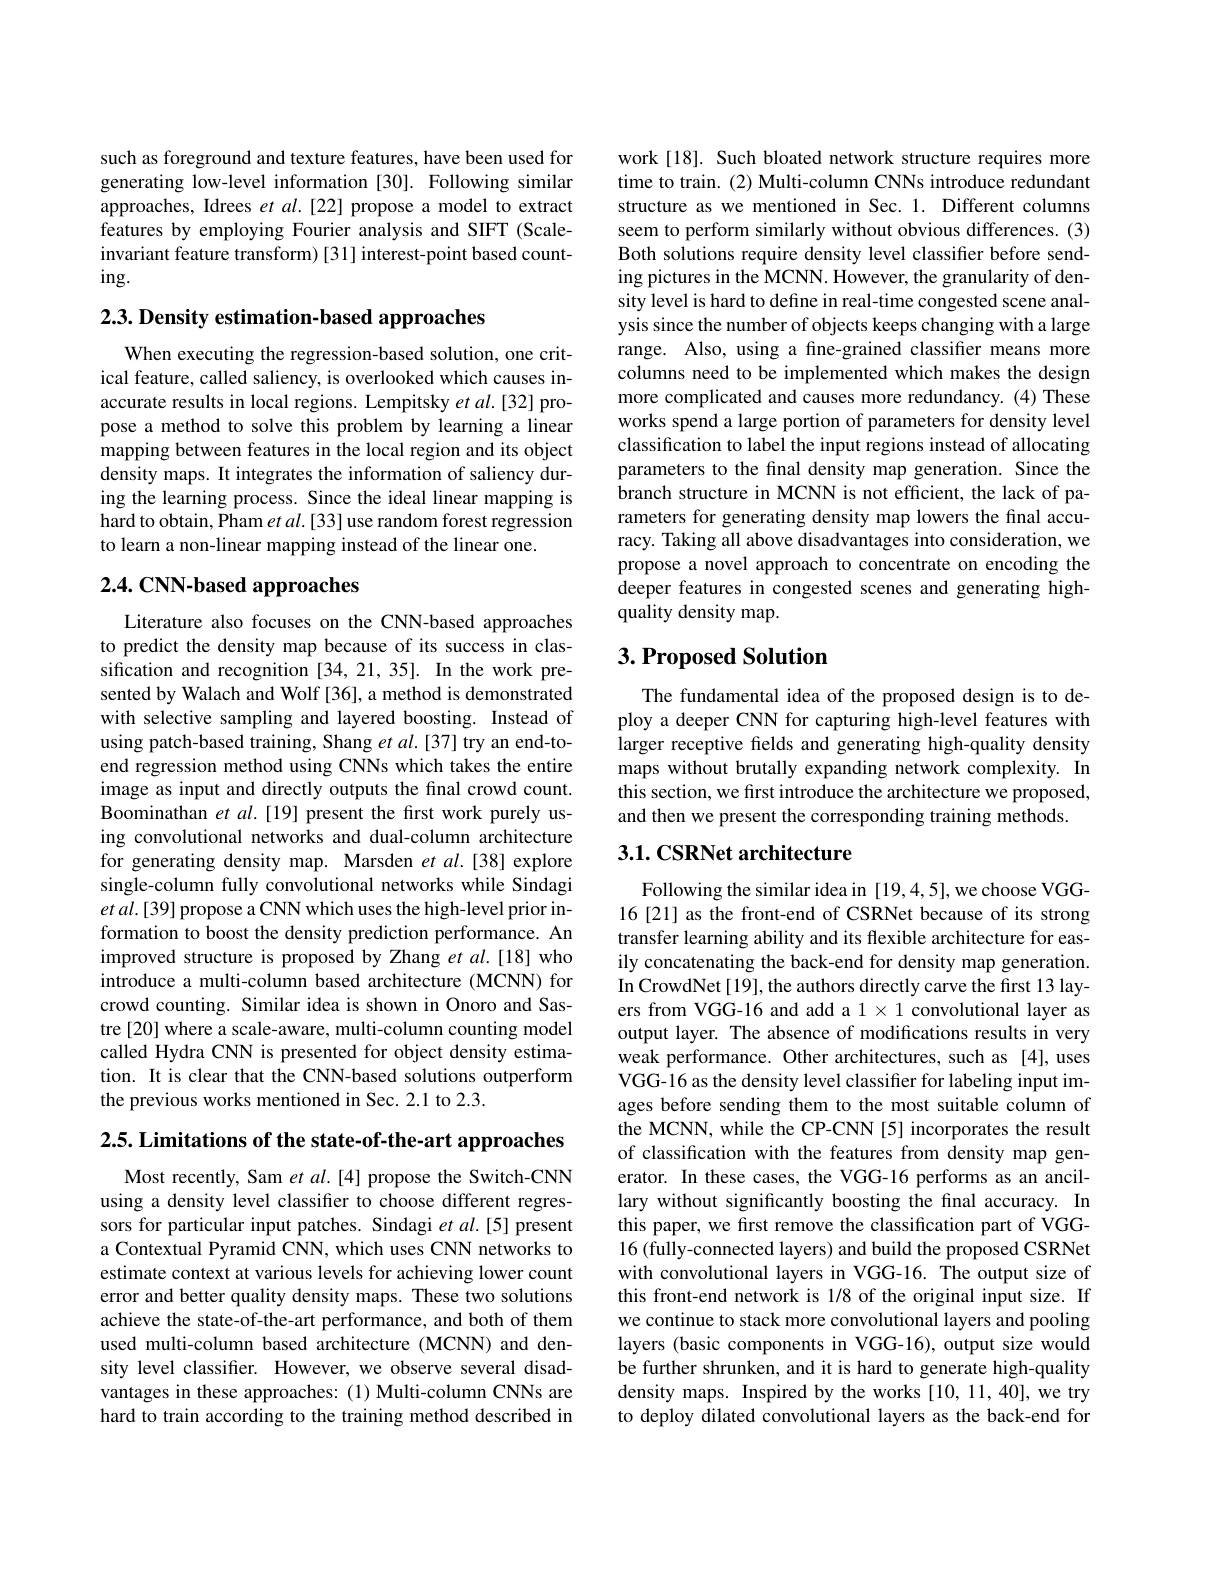
such as foreground and texture features, have been used for generating low-level information [30]. Following similar approaches, Idrees et $al.[22]$ propose a model to extract features by employing Fourier analysis and SIFT (Scaleinvariant feature transform) [31] interest-point based count- $ing.$

2.3. Density estimation-based approaches

When executing the regression-based solution, one critical feature, called saliency, is overlooked which causes inaccurate results in local regions. Lempitsky et al.[32] propose a method to solve this problem by learning a linear mapping between features in the local region and its object density maps. It integrates the information of saliency during the learning process. Since the ideal linear mapping is hard to obtain, Pham $etal.[33]$ use random forest regression to learn a non-linear mapping instead of the linear one.

### 2.4. CNN-based approaches

Literature also focuses on the CNN-based approaches to predict the density map because of its success in classification and recognition [34,21,35]. In the work presented by Walach and Wolf [36], a method is demonstrated with selective sampling and layered boosting. Instead of using patch-based training, Shang et al.[37] try an end-toend regression method using CNNs which takes the entire image as input and directly outputs the final crowd count. Boominathan et al.[19] present the frst work purely using convolutional networks and dual-column architecture for generating density map. Marsden et al.[38] explore single-column fully convolutional networks while Sindagi $etal.[39]$ propose a CNN which uses the high-level prior information to boost the density prediction performance. An improved structure is proposed by Zhang et al.[18] who introduce a multi-column based architecture (MCNN) for crowd counting. Similar idea is shown in Onoro and Sastre[20] where a scale-aware, multi-column counting model called Hydra CNN is presented for object density estimation. It is clear that the CNN-based solutions outperform the previous works mentioned in Sec.2.1 to 2.3.

$2. 5. \textbf{ Limitations of the state- of- the- art approaches}$

Most recently, Sam et $al.[4]$ propose the Switch-CNN using a density level classifier to choose different regressors for particular input patches. Sindagi $et$ al.[5] present a Contextual Pyramid CNN, which uses CNN networks to estimate context at various levels for achieving lower count error and better quality density maps. These two solutions achieve the state-of-the-art performance, and both of them used multi-column based architecture (MCNN) and density level classifier. However, we observe several disadvantages in these approaches: (1) Multi-column CNNs are hard to train according to the training method described in

work[18]. Such bloated network structure requires more time to train. (2) Multi-column CNNs introduce redundant structure as we mentioned in Sec. 1. Different columns seem to perform similarly without obvious differences. (3) Both solutions require density level classifier before sending pictures in the MCNN. However, the granularity of density level is hard to define in real-time congested scene analysis since the number of objects keeps changing with a large range. Also, using a fine-grained classifier means more columns need to be implemented which makes the design more complicated and causes more redundancy. (4) These works spend a large portion of parameters for density level classification to label the input regions instead of allocating parameters to the final density map generation. Since the branch structure in MCNN is not efficient, the lack of parameters for generating density map lowers the final accuracy. Taking all above disadvantages into consideration, we propose a novel approach to concentrate on encoding the deeper features in congested scenes and generating highquality density map.

## $3. \textbf{Proposed Solution}$

The fundamental idea of the proposed design is to deploy a deeper CNN for capturing high-level features with larger receptive felds and generating high-quality density maps without brutally expanding network complexity. In this section, we first introduce the architecture we proposed, and then we present the corresponding training methods.

## 3.1. CSRNet architecture

Following the similar idea in [19,4,5], we choose VGG- 16[21] as the front-end of CSRNet because of its strong transfer learning ability and its flexible architecture for easily concatenating the back-end for density map generation. In CrowdNet [19], the authors directly carve the first 13 layers from VGG-16 and add a $1\times1$ convolutional layer as output layer. The absence of modifications results in very weak performance. Other architectures, such as [4], uses VGG-16 as the density level classiffer for labeling input images before sending them to the most suitable column of the MCNN, while the CP-CNN [5] incorporates the result of classification with the features from density map generator. In these cases, the VGG-16 performs as an ancillary without significantly boosting the final accuracy. In this paper, we first remove the classification part of VGG- 16 (fully-connected layers) and build the proposed CSRNet with convolutional layers in VGG-16. The output size of this front-end network is 1/8 of the original input size. If we continue to stack more convolutional layers and pooling layers (basic components in VGG-16), output size would be further shrunken, and it is hard to generate high-quality density maps. Inspired by the works [10,11,40], we try to deploy dilated convolutional layers as the back-end for